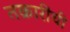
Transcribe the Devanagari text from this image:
तक्रारींची